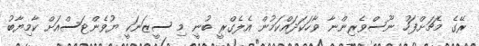
ރޭގެ މެޗަށްފަހު ނޫސްވެރިންނާ ވާހަކަދައްކަމުން އެލެގްރީ ބުނީ މި ސީޒަނަކީ ޔުވެންޓަސްއަށް ކާމިޔާބު